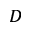
_ { D }